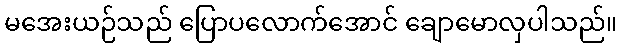
မအေးယဉ်သည် ပြောပလောက်အောင် ချောမောလှပါသည်။